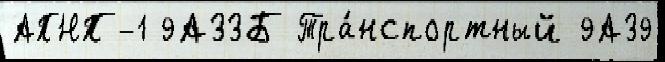
АПНП-1 9А33Б Тра́нспортный 9А39